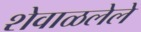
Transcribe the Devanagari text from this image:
शेवाळलेले